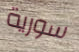
سورية